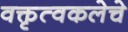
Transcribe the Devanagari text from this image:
वक्तृत्वकलेचे